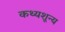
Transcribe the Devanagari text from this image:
कथ्यशून्य